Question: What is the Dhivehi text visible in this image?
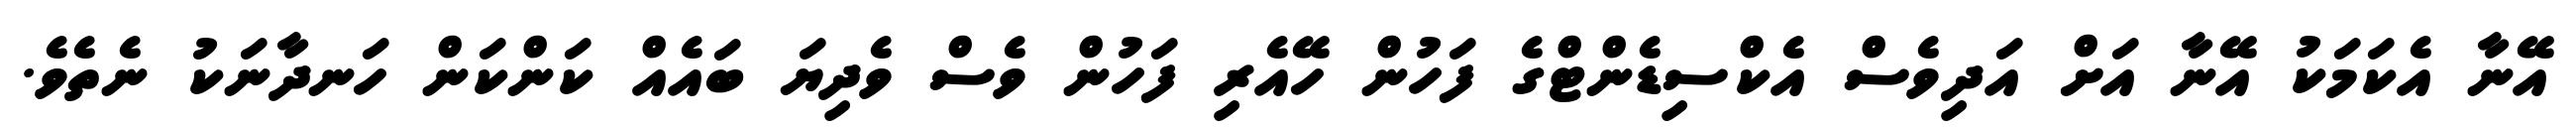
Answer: އޭނާ އެކަމަކު އޭނާ އަށް އަދިވެސް އެކްސިޑެންޓްގެ ފަހުން ހޭއެރި ފަހުން ވެސް ވެދިޔަ ބައެއް ކަންކަން ހަނދާނަކު ނެތެވެ.